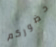
حضوركم